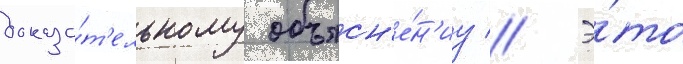
доказа́т'ельному объясн'е́н'иу // Э́то